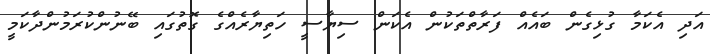
އަދި އެކަމާ ގުޅިގެން ބައެއް ފަރާތްތަކުން އެކަން ސިޔާސީ ހަތިޔާރެއްގެ ގޮތުގައި ބޭނުންކުރަމުންދާކަމީ